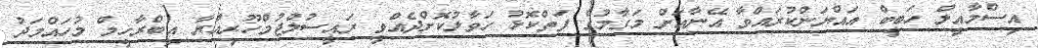
އިސްމާއީލް ހަބީބް އައްޔަންކުރައްވާ އޭނާއަށް މަގާމުގެ ފަތްކޮޅު ހަވާލުކޮށްދެއްވީ ރައީސުލްޖުމްހޫރިއްޔާ އިބްރާހީމް މުހައްމަދު